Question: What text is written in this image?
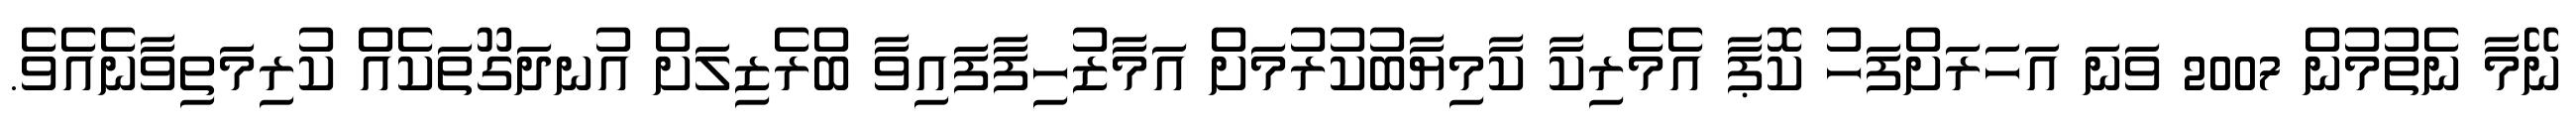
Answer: ނޭމާ ނެތުމުން 2007 ވަނަ އަހަރަށްފަހު ކޮޕާ އެމެރިކާ ކާމިޔާބުކުރުމަށް އަމާޒުހިފާފައިވާ ބްރެޒިލަށް އުނދަގޫތަކެއް ކުރިމަތިވާނެއެވެ.